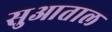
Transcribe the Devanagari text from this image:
सुआताल